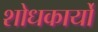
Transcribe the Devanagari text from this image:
शोधकार्यो